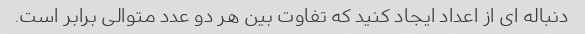
دنباله ای از اعداد ایجاد کنید که تفاوت بین هر دو عدد متوالی برابر است.